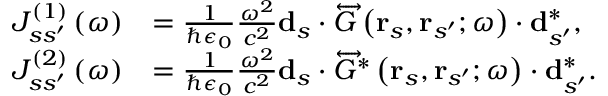
\begin{array} { r l } { J _ { s s ^ { \prime } } ^ { \left( 1 \right) } \left( \omega \right) } & { = \frac { 1 } { \hbar \epsilon _ { 0 } } \frac { \omega ^ { 2 } } { c ^ { 2 } } \mathbf { d } _ { s } \cdot \overleftrightarrow { G } \left( \mathbf { r } _ { s } , \mathbf { r } _ { s ^ { \prime } } ; \omega \right) \cdot \mathbf { d } _ { s ^ { \prime } } ^ { * } , } \\ { J _ { s s ^ { \prime } } ^ { \left( 2 \right) } \left( \omega \right) } & { = \frac { 1 } { \hbar \epsilon _ { 0 } } \frac { \omega ^ { 2 } } { c ^ { 2 } } \mathbf { d } _ { s } \cdot \overleftrightarrow { G } ^ { * } \left( \mathbf { r } _ { s } , \mathbf { r } _ { s ^ { \prime } } ; \omega \right) \cdot \mathbf { d } _ { s ^ { \prime } } ^ { * } . } \end{array}